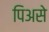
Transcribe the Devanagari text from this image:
पिअसे